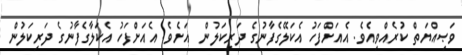
ވަޞިއްޔަތް ކުރެއްވިއެވެ. އެއަށްފަހު އެކަލޭގެފާނުގެ ދަރިކަލުން  އަށެވެ. އެއަށްފަހު އެކަލާގެފާނުގެ ދަރިކަލުން